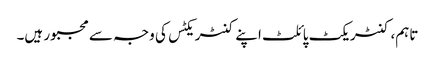
تاہم، کنٹریکٹ پائلٹ اپنے کنٹریکٹس کی وجہ سے مجبور ہیں۔